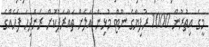
މީގެ އިތުރުން 1000 ރުފިޔާގެ ނޫޓް މުޅިން އަލަށް ތައާރަފްކޮށް ރަންދިހަ ފަހެއްގެ